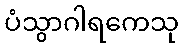
ပံသွာဂါရကေသု